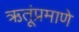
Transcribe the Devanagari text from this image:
ऋतूंप्रमाणे